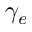
\gamma _ { e }